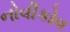
નોવીકોવ